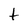
Character: t